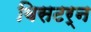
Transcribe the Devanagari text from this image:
विसटर्न